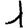
Digit: 1